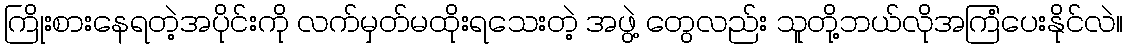
ကြိုးစားနေရတဲ့အပိုင်းကို လက်မှတ်မထိုးရသေးတဲ့ အဖွဲ့ တွေလည်း သူတို့ဘယ်လိုအကြံပေးနိုင်လဲ။